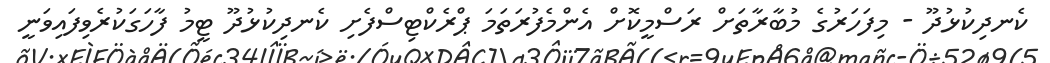
ކެނދިކުޅުދޫ - މިފަހަރުގެ މުބާރާތަށް ރަސްމީކޮށް އެންމެފުރަތަމަ ޕްރެކްޓިސްފެށި ކެނދިކުޅުދޫ ޓީމު ފާހަގަކުރެވިފައިވަނީ